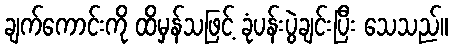
ချက်ကောင်းကို ထိမှန်သဖြင့် ခုံပန်းပွဲချင်းပြီး သေသည်။